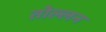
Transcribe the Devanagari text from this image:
तोल्लन